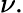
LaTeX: \nu.